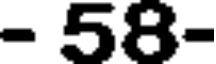
- 58-